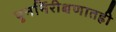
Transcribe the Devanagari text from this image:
पुनर्निरीक्षणातही